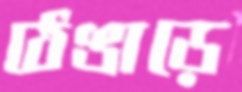
ঠেঙাড়ে